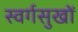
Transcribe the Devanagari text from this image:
स्वर्गसुखों